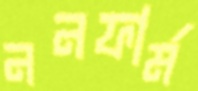
ননফার্ম